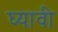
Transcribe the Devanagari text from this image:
घ्‍यावी